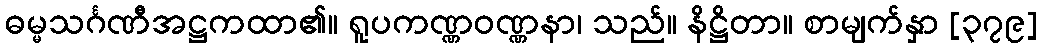
ဓမ္မသင်္ဂဏီအဋ္ဌကထာ၏။ ရူပကဏ္ဏဝဏ္ဏနာ၊ သည်။ နိဋ္ဌိတာ။ စာမျက်နှာ [၃၇၉]